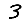
Digit: 3